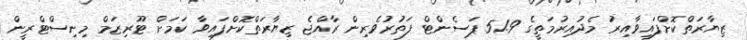
ޒިޔާރަތްކޮށްފައިވާއިރު މެދުއިރުމަތީގެ 51.9 ޕަސެންޓް ފަތުރުވެރިން ރާއްޖެ ޒިޔާރަތްކޮށްފައިވާ ކަމަށް ޓޫރިޒަމް މިނިސްޓްރީން